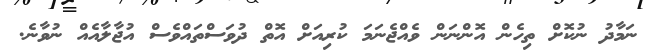
ނަމާދު ނުކޮށް ތިހެން އޮންނަން ވެއްޖެނަމަ ކުރިއަށް އޮތް ދުވަސްތައްވެސް އުޖާލާއެއް ނުވާނެ.